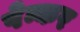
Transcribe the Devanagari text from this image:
पेन्कर